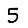
Digit: 5